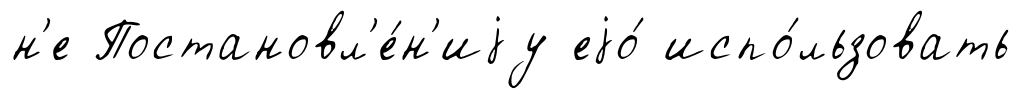
н'е Постановл'е́н'иjу еjо́ испо́льзовать